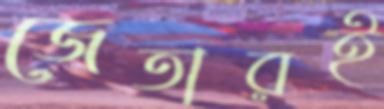
জেতারই